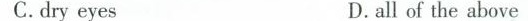
e C. dry eyesD. all of the above